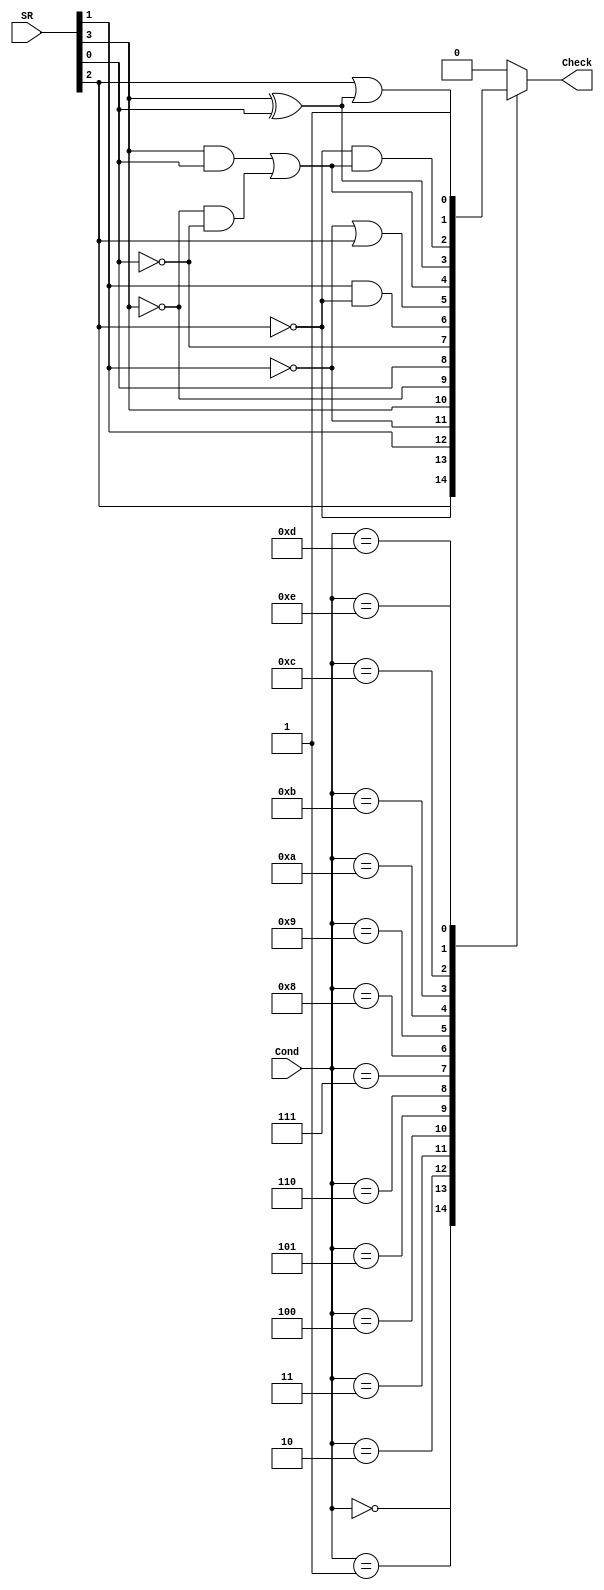
module Condition_Check 
(
    input [3:0] Cond, SR,
    
    output reg Check
);

       always@(*) 
       begin 
        case (Cond)
            4'b0000: Check =  SR[2];
            4'b0001: Check = ~SR[2];
            4'b0010: Check =  SR[1];
            4'b0011: Check = ~SR[1];
            4'b0100: Check =  SR[3];
            4'b0101: Check = ~SR[3];
            4'b0110: Check =  SR[0];
            4'b0111: Check = ~SR[0];
            4'b1000: Check = (SR[1] & ~SR[2]);
            4'b1001: Check = (~SR[1] | SR[2]);
            4'b1010: Check = (SR[3] & SR[0]) | (~SR[3] & ~SR[0]);
            4'b1011: Check = (SR[3] ^ SR[0]);
            4'b1100: Check = (~SR[2]) & ((SR[3] & SR[0]) | (~SR[3] & ~SR[0]));
            4'b1101: Check = (SR[2]) | (SR[3] ^ SR[0]);
            4'b1110: Check =  1;
            default: Check =  0;
        endcase
	end

endmodule